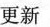
更新